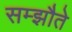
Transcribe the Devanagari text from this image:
सम्झौते